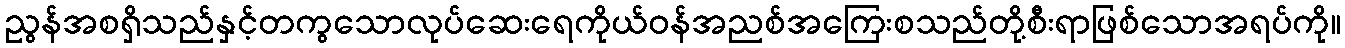
ညွန်အစရှိသည်နှင့်တကွသောလုပ်ဆေးရေကိုယ်ဝန်အညစ်အကြေးစသည်တို့စီးရာဖြစ်သောအရပ်ကို။